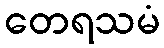
တေရသမံ